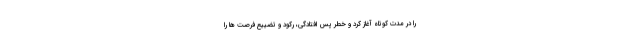
را در مدت کوتاه آغاز کرد و خطر پس افتادگی، رکود و تضییع فرصت ها را